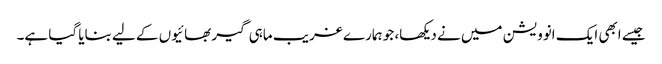
جیسے ابھی ایک انوویشن میں نے دیکھا، جو ہمارے غریب ماہی گیر بھائیوں کے لیے بنایا گیا ہے۔